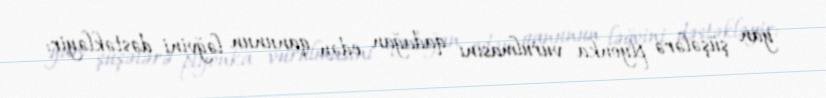
yan şüşələrə plyonka vurulmasını qadağan edən qanunun ləğvini dəstəkləyir: